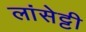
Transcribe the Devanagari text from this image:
लांसेट्टी